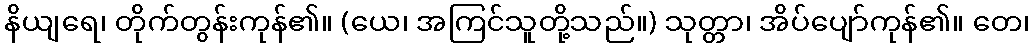
နိယျရေ၊ တိုက်တွန်းကုန်၏။ (ယေ၊ အကြင်သူတို့သည်။) သုတ္တာ၊ အိပ်ပျော်ကုန်၏။ တေ၊